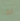
بما